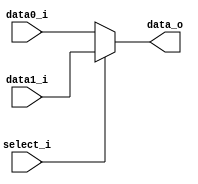
module Mux2to1( data0_i, data1_i, select_i, data_o );

parameter size = 0;			   
			
//I/O ports               
input wire	[size-1:0] data0_i;          
input wire	[size-1:0] data1_i;
input wire	select_i;
output wire	[size-1:0] data_o; 

//Main function
assign data_o = select_i ? data1_i : data0_i;

endmodule